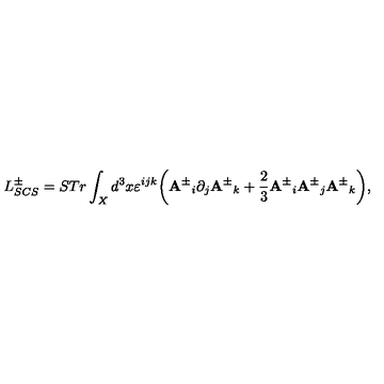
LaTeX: L _ { S C S } ^ { \pm } = S T r \int _ { X } d ^ { 3 } x \varepsilon ^ { i j k } \bigg ( { { \bf A } ^ { \pm } } _ { i } \partial _ { j } { { \bf A } ^ { \pm } } _ { k } + \frac { 2 } { 3 } { { \bf A } ^ { \pm } } _ { i } { { \bf A } ^ { \pm } } _ { j } { { \bf A } ^ { \pm } } _ { k } \bigg ) ,